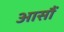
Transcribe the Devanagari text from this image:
आसौं